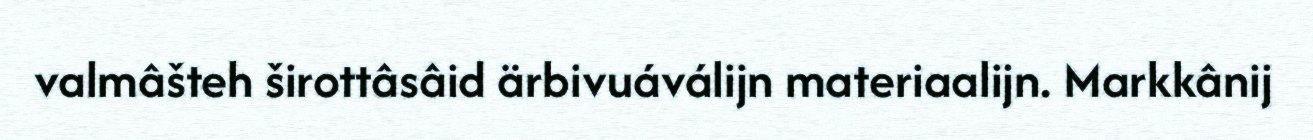
valmâšteh širottâsâid ärbivuáválijn materiaalijn. Markkânij